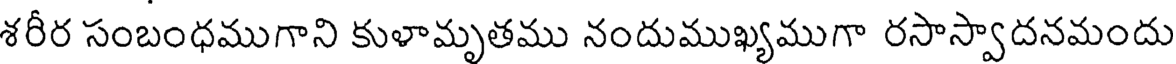
శరీర సంబంధముగాని కుళామృతము నందుముఖ్యముగా రసాస్వాదనమందు